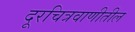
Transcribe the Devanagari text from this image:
दूरचित्रवाणीतील